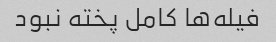
فیله‌ها کامل پخته نبود